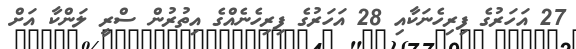
27 އަހަރުގެ ފިރިހެނަކާއި 28 އަހަރުގެ ފިރިހެނެއްގެ އިތުރުން ސްރީ ލަންކާ އަށް